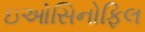
ઇઓસિનોફિલ